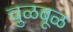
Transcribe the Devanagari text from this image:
चुळबूळ